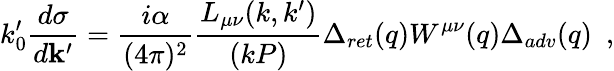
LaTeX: k_{0}^{\prime}{\frac{d\sigma}{d{\mathbf k^{\prime}}}}={\frac{i\alpha}{(4\pi)^{2}}}{\frac{L_{\mu\nu}(k,k^{\prime})}{(kP)}}\Delta_{ret}(q)W^{\mu\nu}(q)\Delta_{adv}(q)~~,